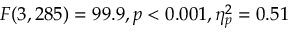
F ( 3 , 2 8 5 ) = 9 9 . 9 , p < 0 . 0 0 1 , \eta _ { p } ^ { 2 } = 0 . 5 1